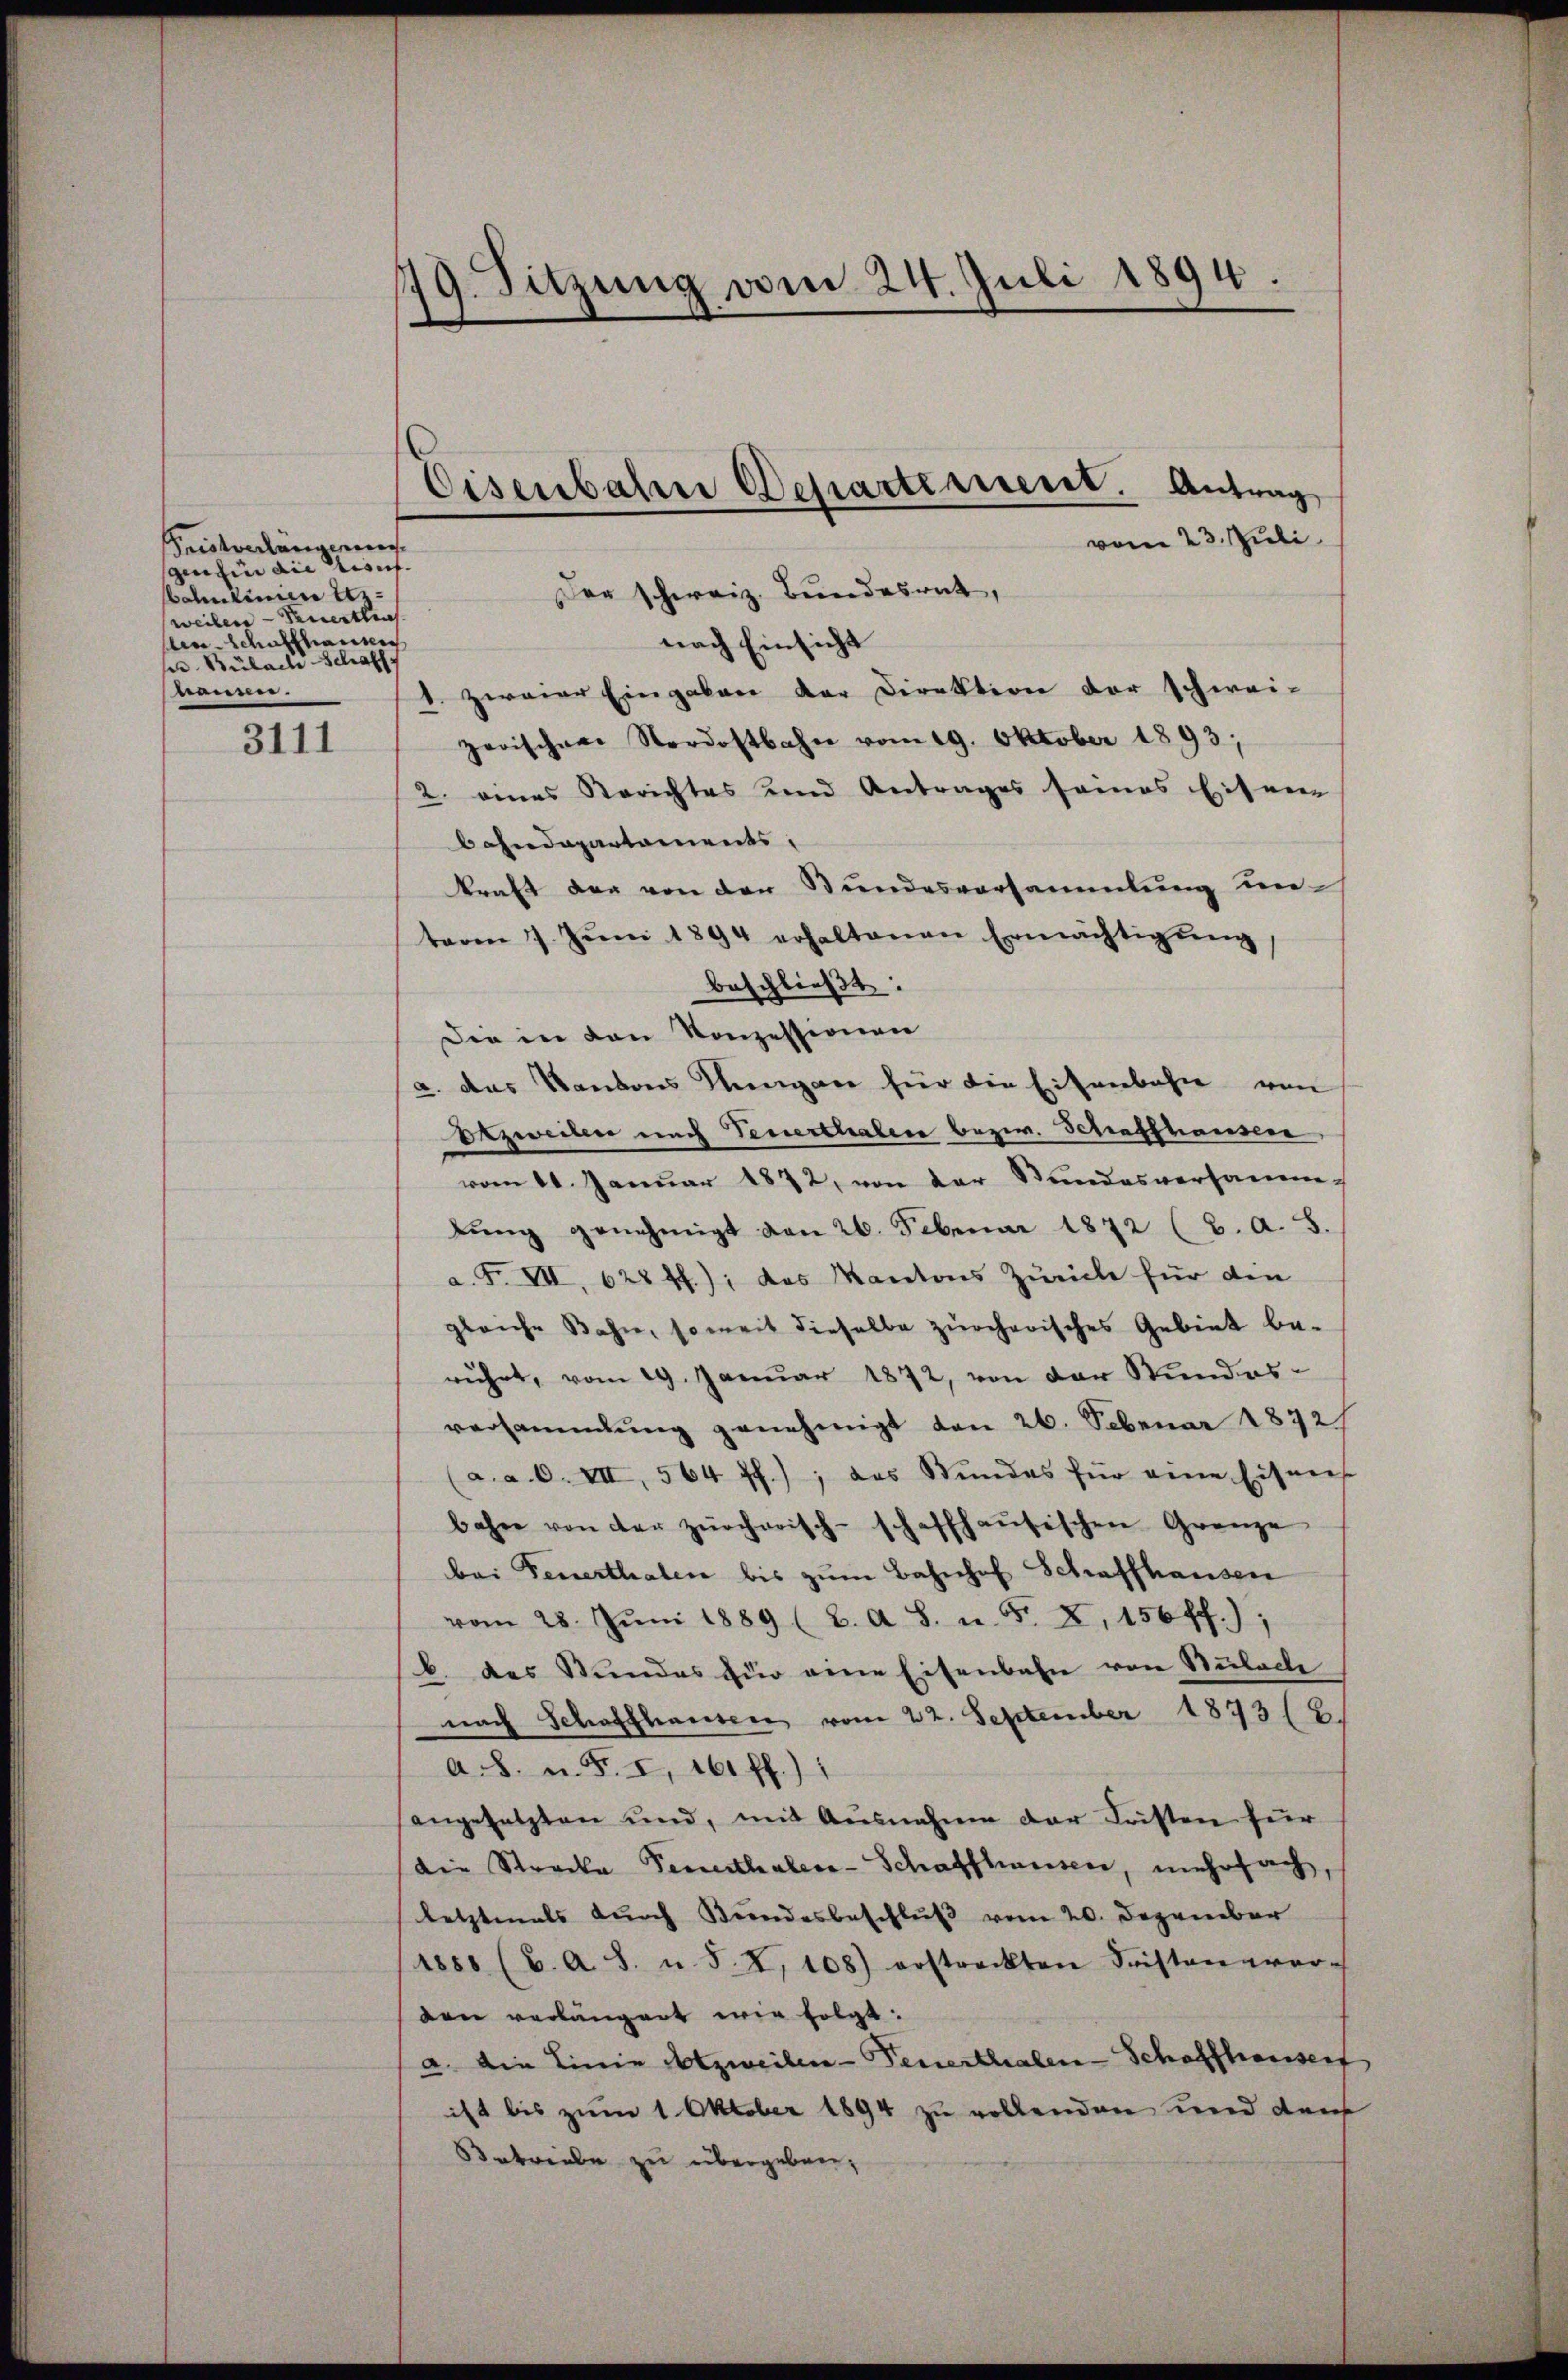
Fristverlängenen
ginhin die Auf- |
antini Uzweiler - Peuertha
len-Schaffhausen
u Bülach Schaff
wänner.

3111

179. Sitzung vom 24. Juli 1894.

Der schweiz. Bundesrath,
nach Einsicht
1. zweier Eingaben der Direktion der schwei-
zerischen Nordostbahn vom 19. Oktober 1893;
2. eines Berichtes und Antrages seines Eisen
bahndepartements,
kraft der von der Stundesversammlung untaren 7. Jŭni 1894 erhaltenen Ermächtigŭng
beschließt:
Die in den Konzessionen
a. das Kantons Lungen für die Eisenbahn von
Erzweiten nach Feuerthalen bezw. Schaffhausen
vom 11. Januar 1872, von der Stundesversamm-
lŭng genehmigt von 26. Februar 1872 (2. A. S.
a. F. VII, 628 ff.); das Mantons Zürich für den
gleiche Bahn, soweit dieselbe zürcherisches Gebiet be-
rührt, vom 29. Januar 1872, von der Stundes-
versammlung genehmigt den 26. Februar 1872/
(a. a. O. VII, 564 ff.); das Stundes für eine Eisners
bahre von der zürcherisch-schaffhaŭsischen Grenze
bei Feuerthalen bis zum Bahnhof Schaffhausen
vom 28. Jŭni 1889 (2. A. S. n. F. X. 156 ff.);
b. des Stundes für eine Eisenbahn von Bülach
nach Schaffhausen vom 22. September 1873 (2.
a. 8. u. S. I, 161 ff.)
angesetzten und, mit Ausnahme der Fristen für
die Strecke Fernesthaler-Schaffhausen, mehrfach,
letztmals durch Bundesbeschluß vom 20. Dezember
1858 (C. A. S. u. 5. I. 108) erstreckten Fristen ver-
den verlängen wir folgt:
a. Die Linie Notzweilen Feuerthalen Schaffhauser
ist bis zum 1. Oktober 1894 zu vollenden und den
Betriebe zu übergeben,

Eisenbahn Departement. Antrag
vom 23. Juli